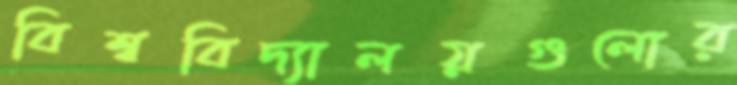
বিশ্ববিদ্যালয়গুলোর